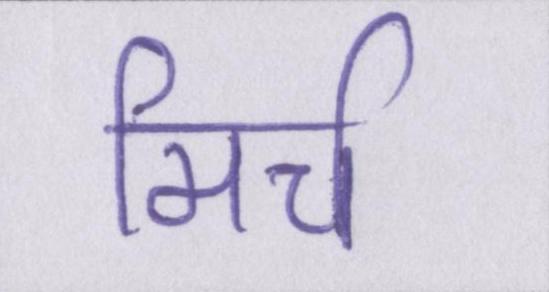
मिर्च